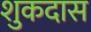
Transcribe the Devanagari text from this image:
शुकदास